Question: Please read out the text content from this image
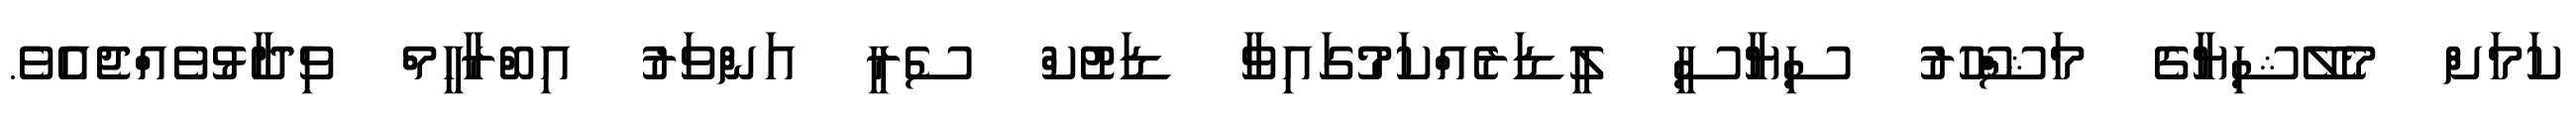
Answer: ކަމަށް މެލޭޝިޔާގެ މަޝްހޫރު ސިޔާސީ ލީޑަރެއްކަމުގައިވާ ޑަޓުކް ސެރީ އަންވަރު އިބްރާހީމް ވިދާޅުވެއްޖެއެވެ.